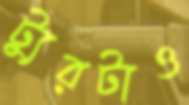
ট্যুরটাও